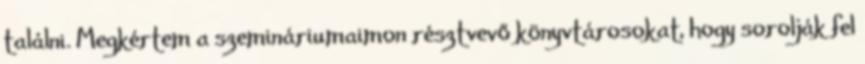
találni. Megkértem a szemináriumaimon résztvevő könyvtárosokat, hogy sorolják fel